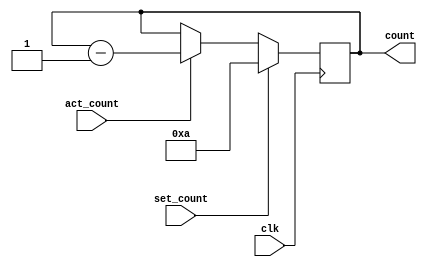
`timescale 1ns / 1ps

module hawk_datapath(
    input clk, set_count, act_count,
    output reg [3:0] count
    );
   
    always @(posedge clk) begin
        if (set_count)
           count <= 4'b1010;
        else if (act_count)
           count <= count - 1;
       
end
endmodule